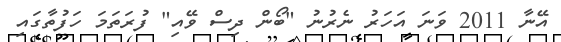
އޭނާ 2011 ވަނަ އަހަރު ނެރުނު "ބޯން ދިސް ވޭއި" ފުރަތަމަ ހަފުތާގައި